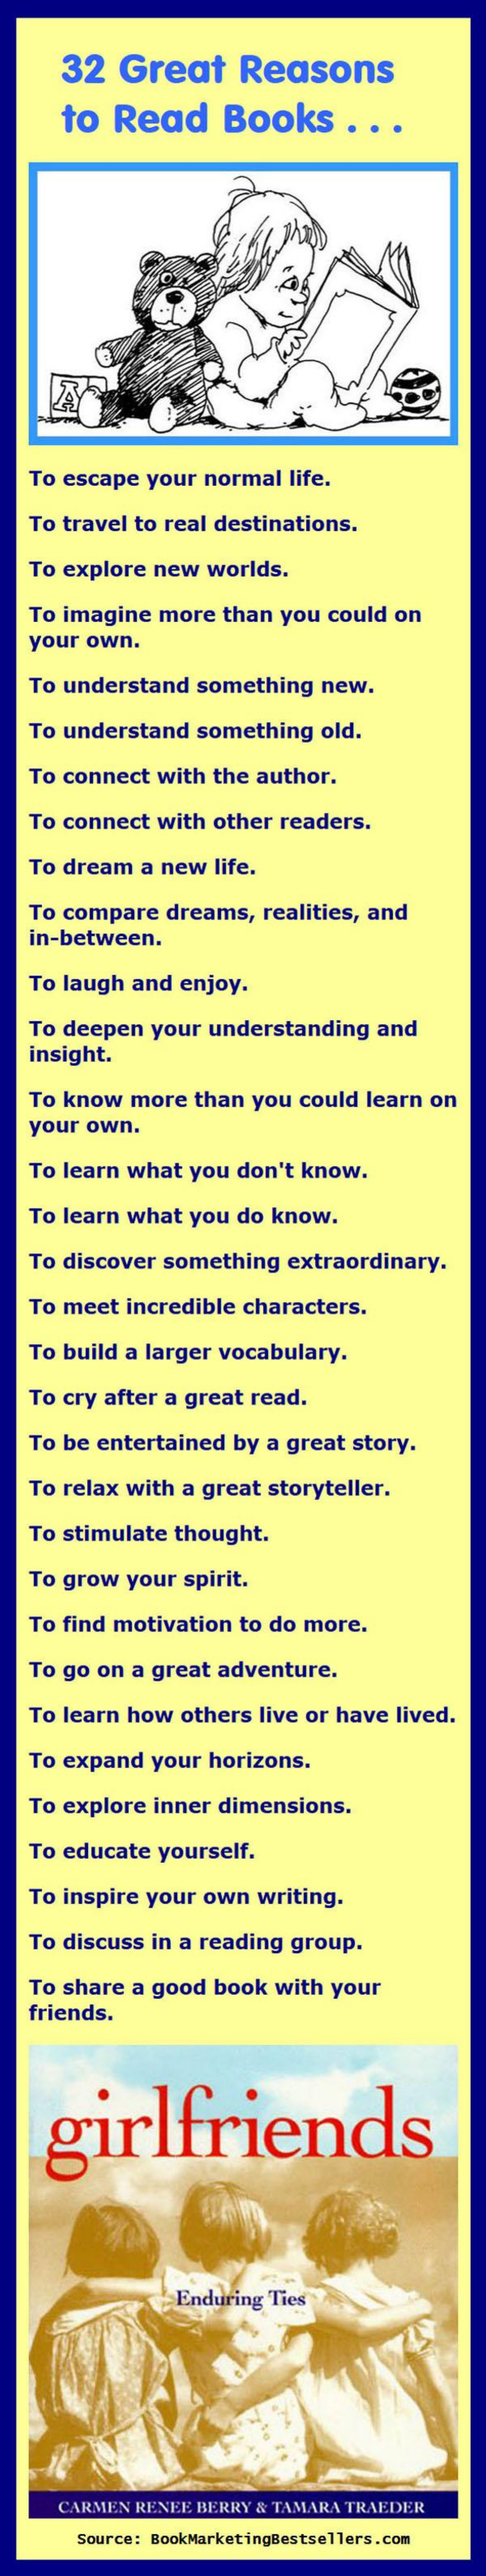
32   Great    Reasons
     to   Read    Books    .  ..
   To  escape  your  normal    life.
    To travel to real  destinations.
   To  explore  new   worlds.
   To  imagine   more  than   you  could  on
   your  own.
   To  understand    something    new.
   To  understand    something    old.
   To connect   with   the author.
   To connect   with   other readers.
   To dream    a new   life.
    To compare   dreams,    realities, and
   in-between.
   To  laugh  and  enjoy.
   To  deepen   your  understanding    and
   insight.
    To know   more  than   you  could learn  on
   your  own.
   To learn  what   you  don't  know.
   To  learn what   you  do  know.
   To  discover  something    extraordinary.
   To meet   incredible   characters.
   To  build a larger  vocabulary.
   To  cry after a great  read.
   To  be entertained    by a great  story.
   To  relax with  a great  storyteller.
   To  stimulate  thought.
   To  grow  your  spirit.
    To find motivation   to do  more.
   To  go on  a great  adventure.
   To  learn how   others  live or have   lived.
    To expand   your  horizons.
    To explore  inner  dimensions.
   To  educate   yourself.
   To  inspire your  own   writing.
    To discuss  in a reading   group.
    To share  a good   book  with  your
   friends.
     girlfriends
     Enduring  Ties
     CARMEN  RENEE  BERRY & TAMARA  TRAEDER
     Source: BookMarketingBestsellers.com